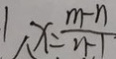
1 _ { \Lambda } x = \frac { m - n } { n - 1 }